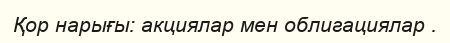
Қор нарығы: акциялар мен облигациялар .